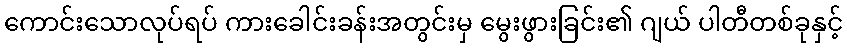
ကောင်းသောလုပ်ရပ် ကားခေါင်းခန်းအတွင်းမှ မွေးဖွားခြင်း၏ ဂျယ် ပါတီတစ်ခုနှင့်